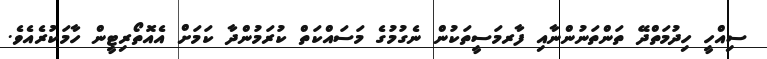
ސިއްހީ ހިދުމަތްދޭ ތަންތަނުންނާއި ފާރމަސީތަކުން ނެގުމުގެ މަސައްކަތް ކުރަމުންދާ ކަމަށް އެއޮތޯރިޓީން ހާމަކުރެއެވެ.